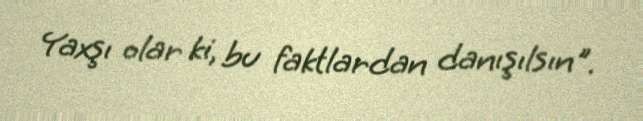
Yaxşı olar ki, bu faktlardan danışılsın".